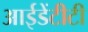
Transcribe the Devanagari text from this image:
आईडेंटीटी